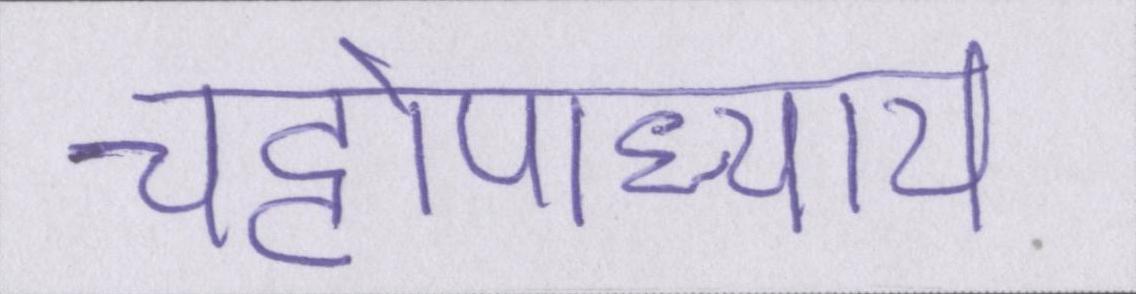
चट्टोपाध्याय